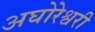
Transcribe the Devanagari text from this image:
अघोरेश्वरी